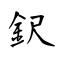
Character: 鈬